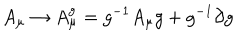
A _ { \mu } \to A _ { \mu } ^ { g } = g ^ { - 1 } A _ { \mu } g + g ^ { - 1 } \partial g